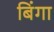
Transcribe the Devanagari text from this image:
बिंगा